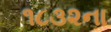
૧૮૩૨ના